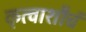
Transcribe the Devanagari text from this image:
कृत्वाशौचं